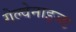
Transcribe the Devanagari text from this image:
गेल्वेनाइज्ड